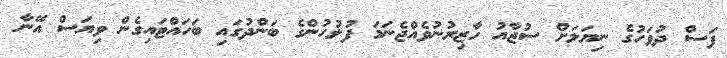
ފަސް ދުވަހުގެ ނިޔަލަށް ސުޖާއު ހާޒިރުނުވެއްޖެނަމަ ފުލުހުންގެ ބަންދުގައި ބަހައްޓައިގެން ވިޔަސް އޭނާ